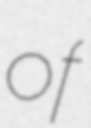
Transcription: of